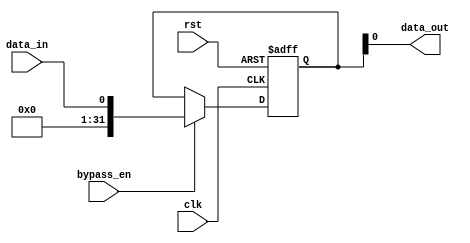
module bypass_register (
    input wire clk,
    input wire rst,
    input wire bypass_en,
    input wire data_in,
    output reg data_out
);

reg [31:0] temp_data;

always @(posedge clk or posedge rst) begin
    if (rst) begin
        temp_data <= 32'h00000000;
    end else begin
        if (bypass_en) begin
            temp_data <= data_in;
        end else begin
            temp_data <= temp_data;
        end
    end
end

assign data_out = temp_data;

endmodule